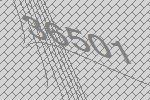
36501